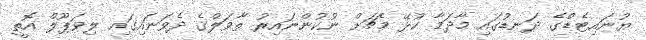
ޔުނައިޓެޑްގެ ދަނޑުގައި މާދަމާ ކުޅޭ މެޗަށް ނުކުންނައިރު ތާވަލްގެ ދެވަނައިގައި ލިވަޕޫލް އޮތީ